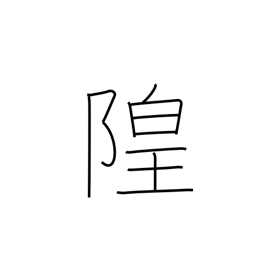
Meaning: dry moat